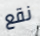
نقع